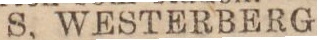
S. WESTERBERG.